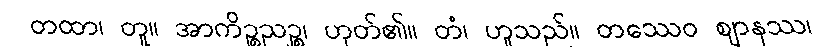
တထာ၊ တူ။ အာကိဉ္စညဉ္စ၊ ဟုတ်၏။ တံ၊ ဟူသည်။ တဿေဝ ဈာနဿ၊